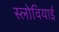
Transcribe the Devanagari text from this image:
स्लोवियाई